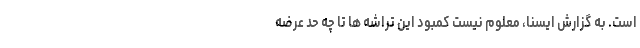
است. به گزارش ایسنا، معلوم نیست کمبود این تراشه ها تا چه حد عرضه